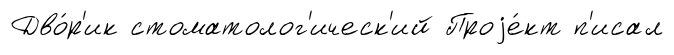
Дво́р'ик стоматолог'ическ'ий Проjе́кт п'исал